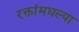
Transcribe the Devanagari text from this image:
रक्तांमधल्या